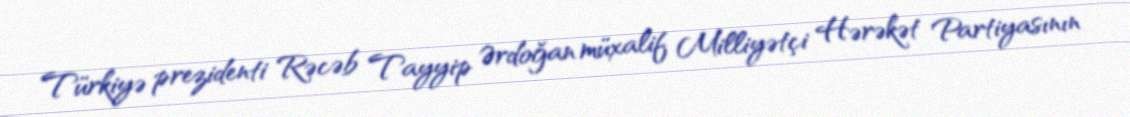
Türkiyə prezidenti Rəcəb Tayyip Ərdoğan müxalif Milliyətçi Hərəkət Partiyasının